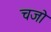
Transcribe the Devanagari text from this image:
चजो